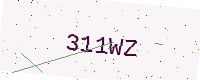
Text: 311WZ